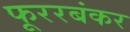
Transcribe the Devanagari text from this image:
फूररबंकर